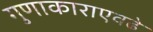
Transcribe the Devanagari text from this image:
गुणाकाराएवढे